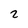
Character: 2